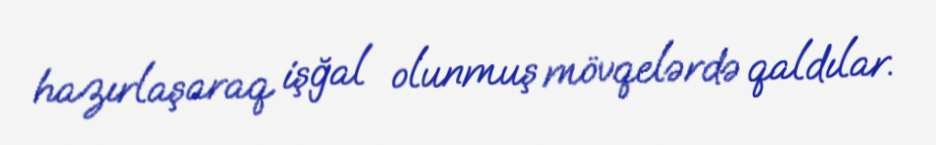
hazırlaşaraq işğal olunmuş mövqelərdə qaldılar.